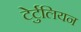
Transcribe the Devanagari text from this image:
टेर्टुलियन